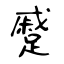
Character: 蹙